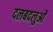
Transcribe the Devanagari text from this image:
दलबदलुओं